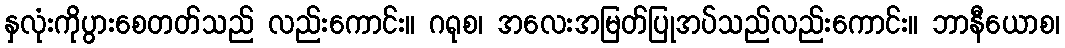
နှလုံးကိုပွားစေတတ်သည် လည်းကောင်း။ ဂရုစ၊ အလေးအမြတ်ပြုအပ်သည်လည်းကောင်း။ ဘာနီယောစ၊